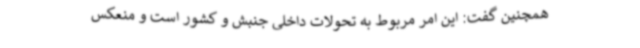
همچنین گفت: این امر مربوط به تحولات داخلی جنبش و کشور است و منعکس